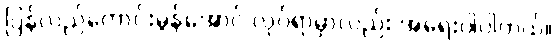
ပြန်လည်ကောင်းမွန်အောင် လုပ်ရာမှာလည်း အရေးပါပါတယ်။